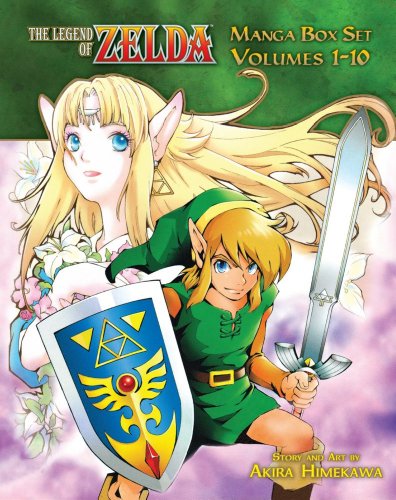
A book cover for The Legend of Zelda Box Set; Akira Himekawa; Comics & Graphic Novels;